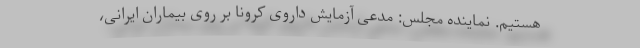
هستیم. نماینده مجلس: مدعی آزمایش داروی کرونا بر روی بیماران ایرانی،